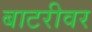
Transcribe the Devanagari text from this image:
बाटरीवर